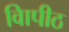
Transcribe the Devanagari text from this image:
विापीठ